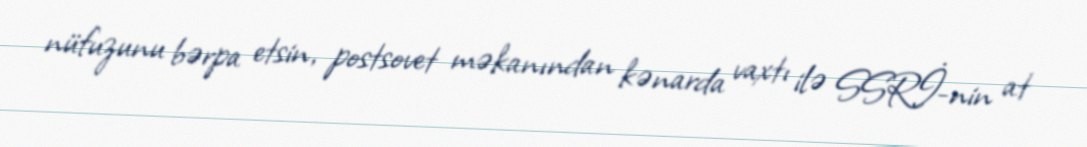
nüfuzunu bərpa etsin, postsovet məkanından kənarda vaxtı ilə SSRİ-nin at